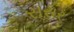
સરાર